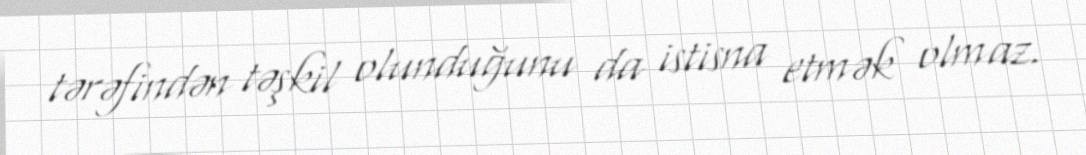
tərəfindən təşkil olunduğunu da istisna etmək olmaz.